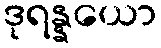
ဒုရန္နယော